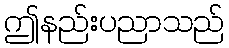
ဤနည်းပညာသည်